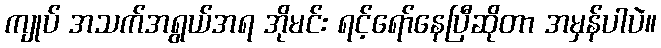
ကျုပ် အသက်အရွယ်အရ အိုမင်း ရင့်ရော်နေပြီဆိုတာ အမှန်ပါပဲ။